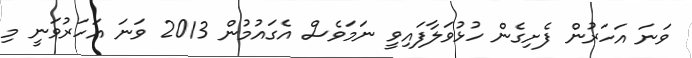
ވަނަ އަހަރުން ފެށިގެން ހުޅުވަލާފައިވީ ނަމަވެސް އެގައުމުން 2013 ވަނަ އަހަރުވަނީ މި